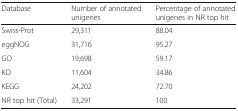
| Database | Number of annotated unigenes | Percentage of annotated unigenes in NR top hit |
 | --- | --- | --- |
 | Swiss-Prot | 29,311 | 88.04 |
 | eggNOG | 31,716 | 95.27 |
 | GO | 19,698 | 59.17 |
 | KO | 11,604 | 34.86 |
 | KEGG | 24,202 | 72.70 |
 | NR top hit (Total) | 33,291 | 100 |